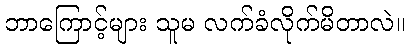
ဘာကြောင့်များ သူမ လက်ခံလိုက်မိတာလဲ။